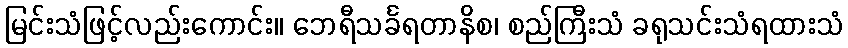
မြင်းသံဖြင့်လည်းကောင်း။ ဘေရီသင်္ခရတာနိစ၊ စည်ကြီးသံ ခရုသင်းသံရထားသံ